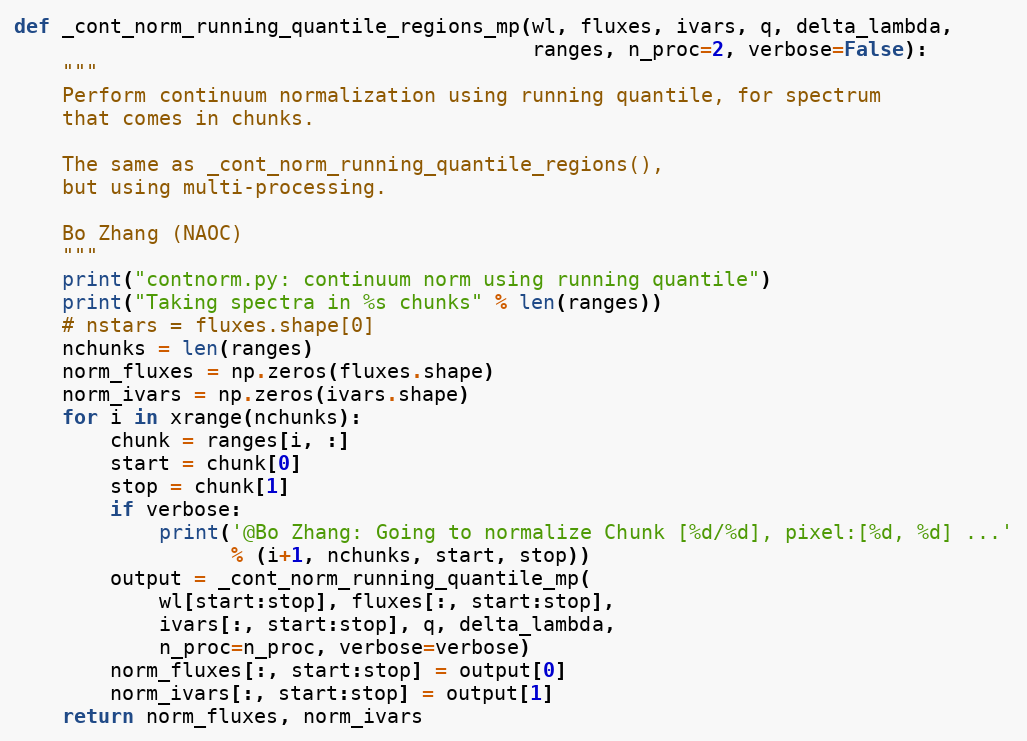
Language: Python
def _cont_norm_running_quantile_regions_mp(wl, fluxes, ivars, q, delta_lambda,
                                           ranges, n_proc=2, verbose=False):
    """
    Perform continuum normalization using running quantile, for spectrum
    that comes in chunks.

    The same as _cont_norm_running_quantile_regions(),
    but using multi-processing.

    Bo Zhang (NAOC)
    """
    print("contnorm.py: continuum norm using running quantile")
    print("Taking spectra in %s chunks" % len(ranges))
    # nstars = fluxes.shape[0]
    nchunks = len(ranges)
    norm_fluxes = np.zeros(fluxes.shape)
    norm_ivars = np.zeros(ivars.shape)
    for i in xrange(nchunks):
        chunk = ranges[i, :]
        start = chunk[0]
        stop = chunk[1]
        if verbose:
            print('@Bo Zhang: Going to normalize Chunk [%d/%d], pixel:[%d, %d] ...'
                  % (i+1, nchunks, start, stop))
        output = _cont_norm_running_quantile_mp(
            wl[start:stop], fluxes[:, start:stop],
            ivars[:, start:stop], q, delta_lambda,
            n_proc=n_proc, verbose=verbose)
        norm_fluxes[:, start:stop] = output[0]
        norm_ivars[:, start:stop] = output[1]
    return norm_fluxes, norm_ivars